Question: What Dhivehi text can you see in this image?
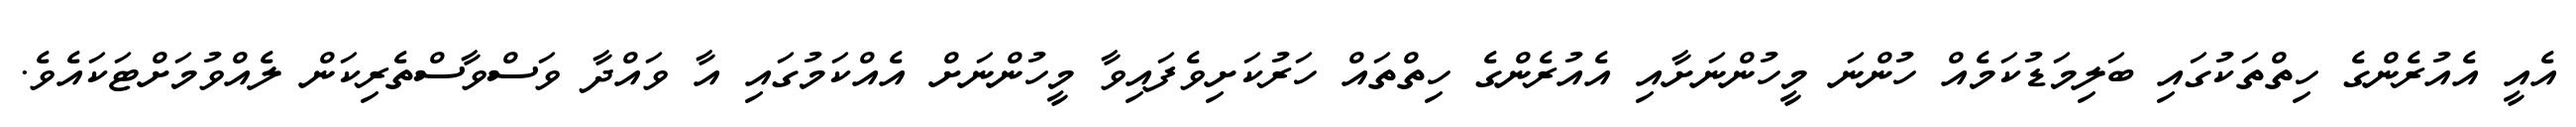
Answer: އެއީ އެއުރެންގެ ހިތްތަކުގައި ބަލިމަޑުކަމެއް ހުންނަ މީހުންނަށާއި އެއުރެންގެ ހިތްތައް ހަރުކަށިވެފައިވާ މީހުންނަށް އެއްކަމުގައި އާ ވައްދާ ވަސްވާސްތެރިކަން ލެއްވުމަށްޓަކައެވެ.